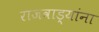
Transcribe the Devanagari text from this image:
राजवाड्यांना